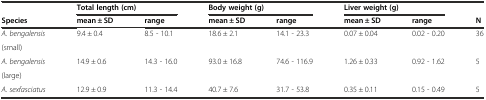
|  | <COLSPAN=2> Total length (cm) | <COLSPAN=2> Body weight (g) | <COLSPAN=2> Liver weight (g) |  |
 | Species | mean ± SD | range | mean ± SD | range | mean ± SD | range | N |
 | --- | --- | --- | --- | --- | --- | --- | --- |
 | A. bengalensis | 9.4 ± 0.4 | 8.5 - 10.1 | 18.6 ± 2.1 | 14.1 - 23.3 | 0.07 ± 0.04 | 0.02 - 0.20 | 36 |
 | (small) |  |  |  |  |  |  |  |
 | A. bengalensis | 14.9 ± 0.6 | 14.3 - 16.0 | 93.0 ± 16.8 | 74.6 - 116.9 | 1.26 ± 0.33 | 0.92 - 1.62 | 5 |
 | (large) |  |  |  |  |  |  |  |
 | A. sexfasciatus | 12.9 ± 0.9 | 11.3 - 14.4 | 40.7 ± 7.6 | 31.7 - 53.8 | 0.35 ± 0.11 | 0.15 - 0.49 | 5 |